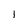
Character: 1